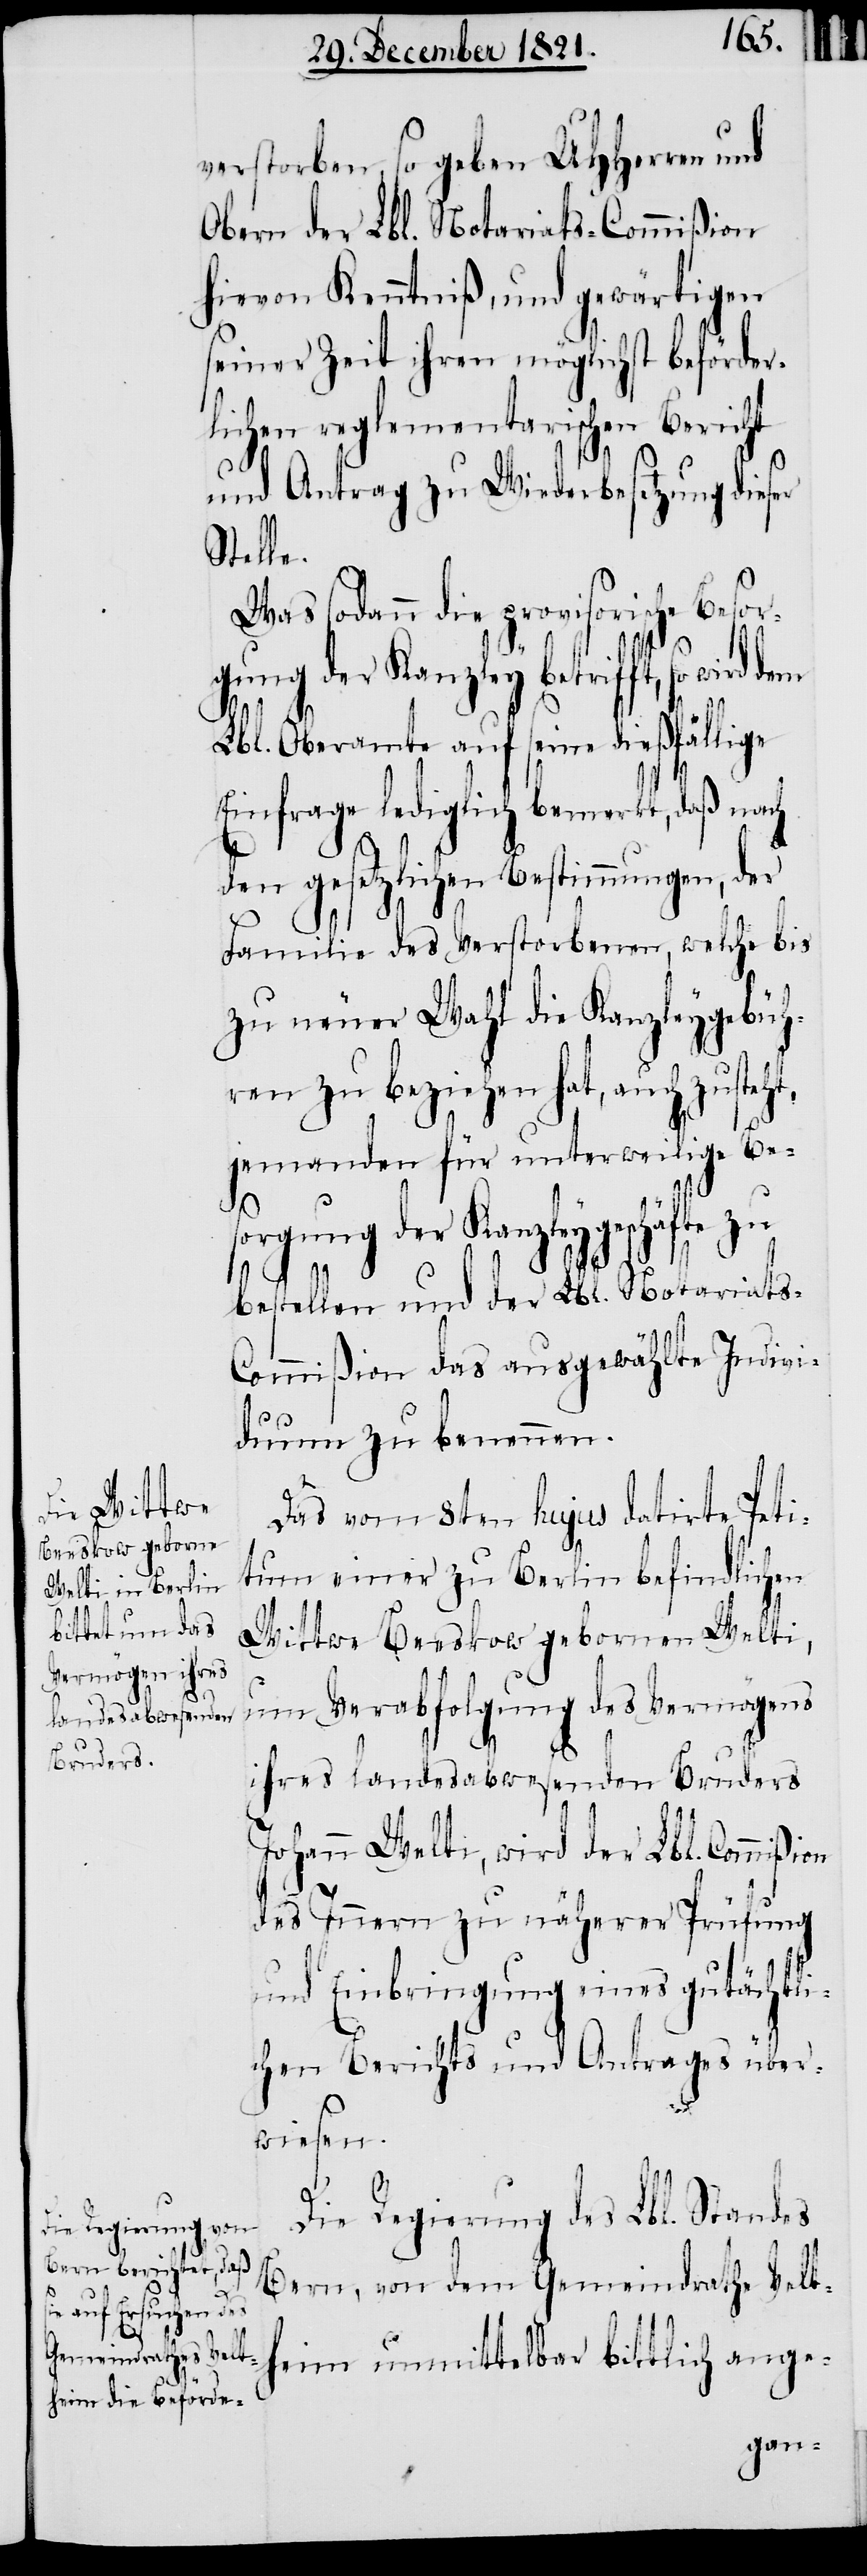
verstorben, so geben UHHerren und
Obern der Lbl. Notariats-Commißion
hievon Kenntniß, und gewärtigen
seiner Zeit ihren möglichst beförder¬
lichen reglementarischen Bericht
und Antrag zu Wiederbesetzung dieser
Stelle.
Was sodann die provisorische Besor¬
gung der Kanzley betrifft, so wird dem
Lbl. Oberamte auf seine dießfällige
Einfrage lediglich bemerkt, daß nach
den gesetzlichen Bestimmungen, der
Familie des Verstorbenen, welche bis
zu neuer Wahl die Kanzleygebüh¬
ren zu beziehen hat, auch
jemanden für unterweilige Be¬
orgung der Kanzleygeschäfte zu
bestellen und der Lbl. Notariats-C¬
ommißion das ausgewählte Indivi¬
duum zu benennen.
Das vom 8ten hujus datirte Peti¬
tum einer zu Berlin befindlichen
Wittwe Beeskow gebornen Welti,
um Verabfolgung des Vermögens
ihres landesabwesenden Bruders
Johann Welti, wird der Lbl. Commißion
des Innern zu näherer Prüfung
und Einbringung eines gutächtli¬
chen Berichts und Antrages über¬
wiesen.
Die Regierung des Lbl. Standes
Bern, von dem Gemeindrathe Velt¬
heim unmittelbar bittlich ange-